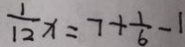
\frac { 1 } { 1 2 } x = 7 + \frac { 1 } { 6 } - 1